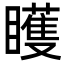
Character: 矆